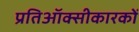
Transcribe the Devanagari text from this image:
प्रतिऑक्सीकारकों